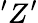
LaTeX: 'Z’